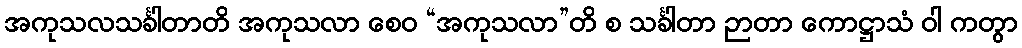
အကုသလသင်္ခါတာတိ အကုသလာ စေဝ “အကုသလာ”တိ စ သင်္ခါတာ ဉာတာ ကောဋ္ဌာသံ ဝါ ကတွာ